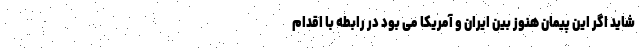
شاید اگر این پیمان هنوز بین ایران و آمریکا می بود در رابطه با اقدام